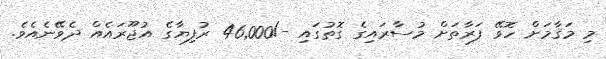
މި މަޤާމަށް ހޮވޭ ފަރާތަށް މުސާރައިގެ ގޮތުގައި -/46